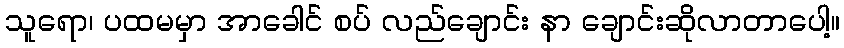
သူရော၊ ပထမမှာ အာခေါင် စပ် လည်ချောင်း နာ ချောင်းဆိုလာတာပေါ့။